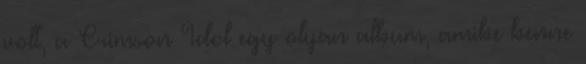
volt, a Crimson Idol egy olyan album, amibe benne